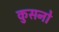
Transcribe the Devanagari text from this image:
कुसनो